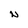
Character: N